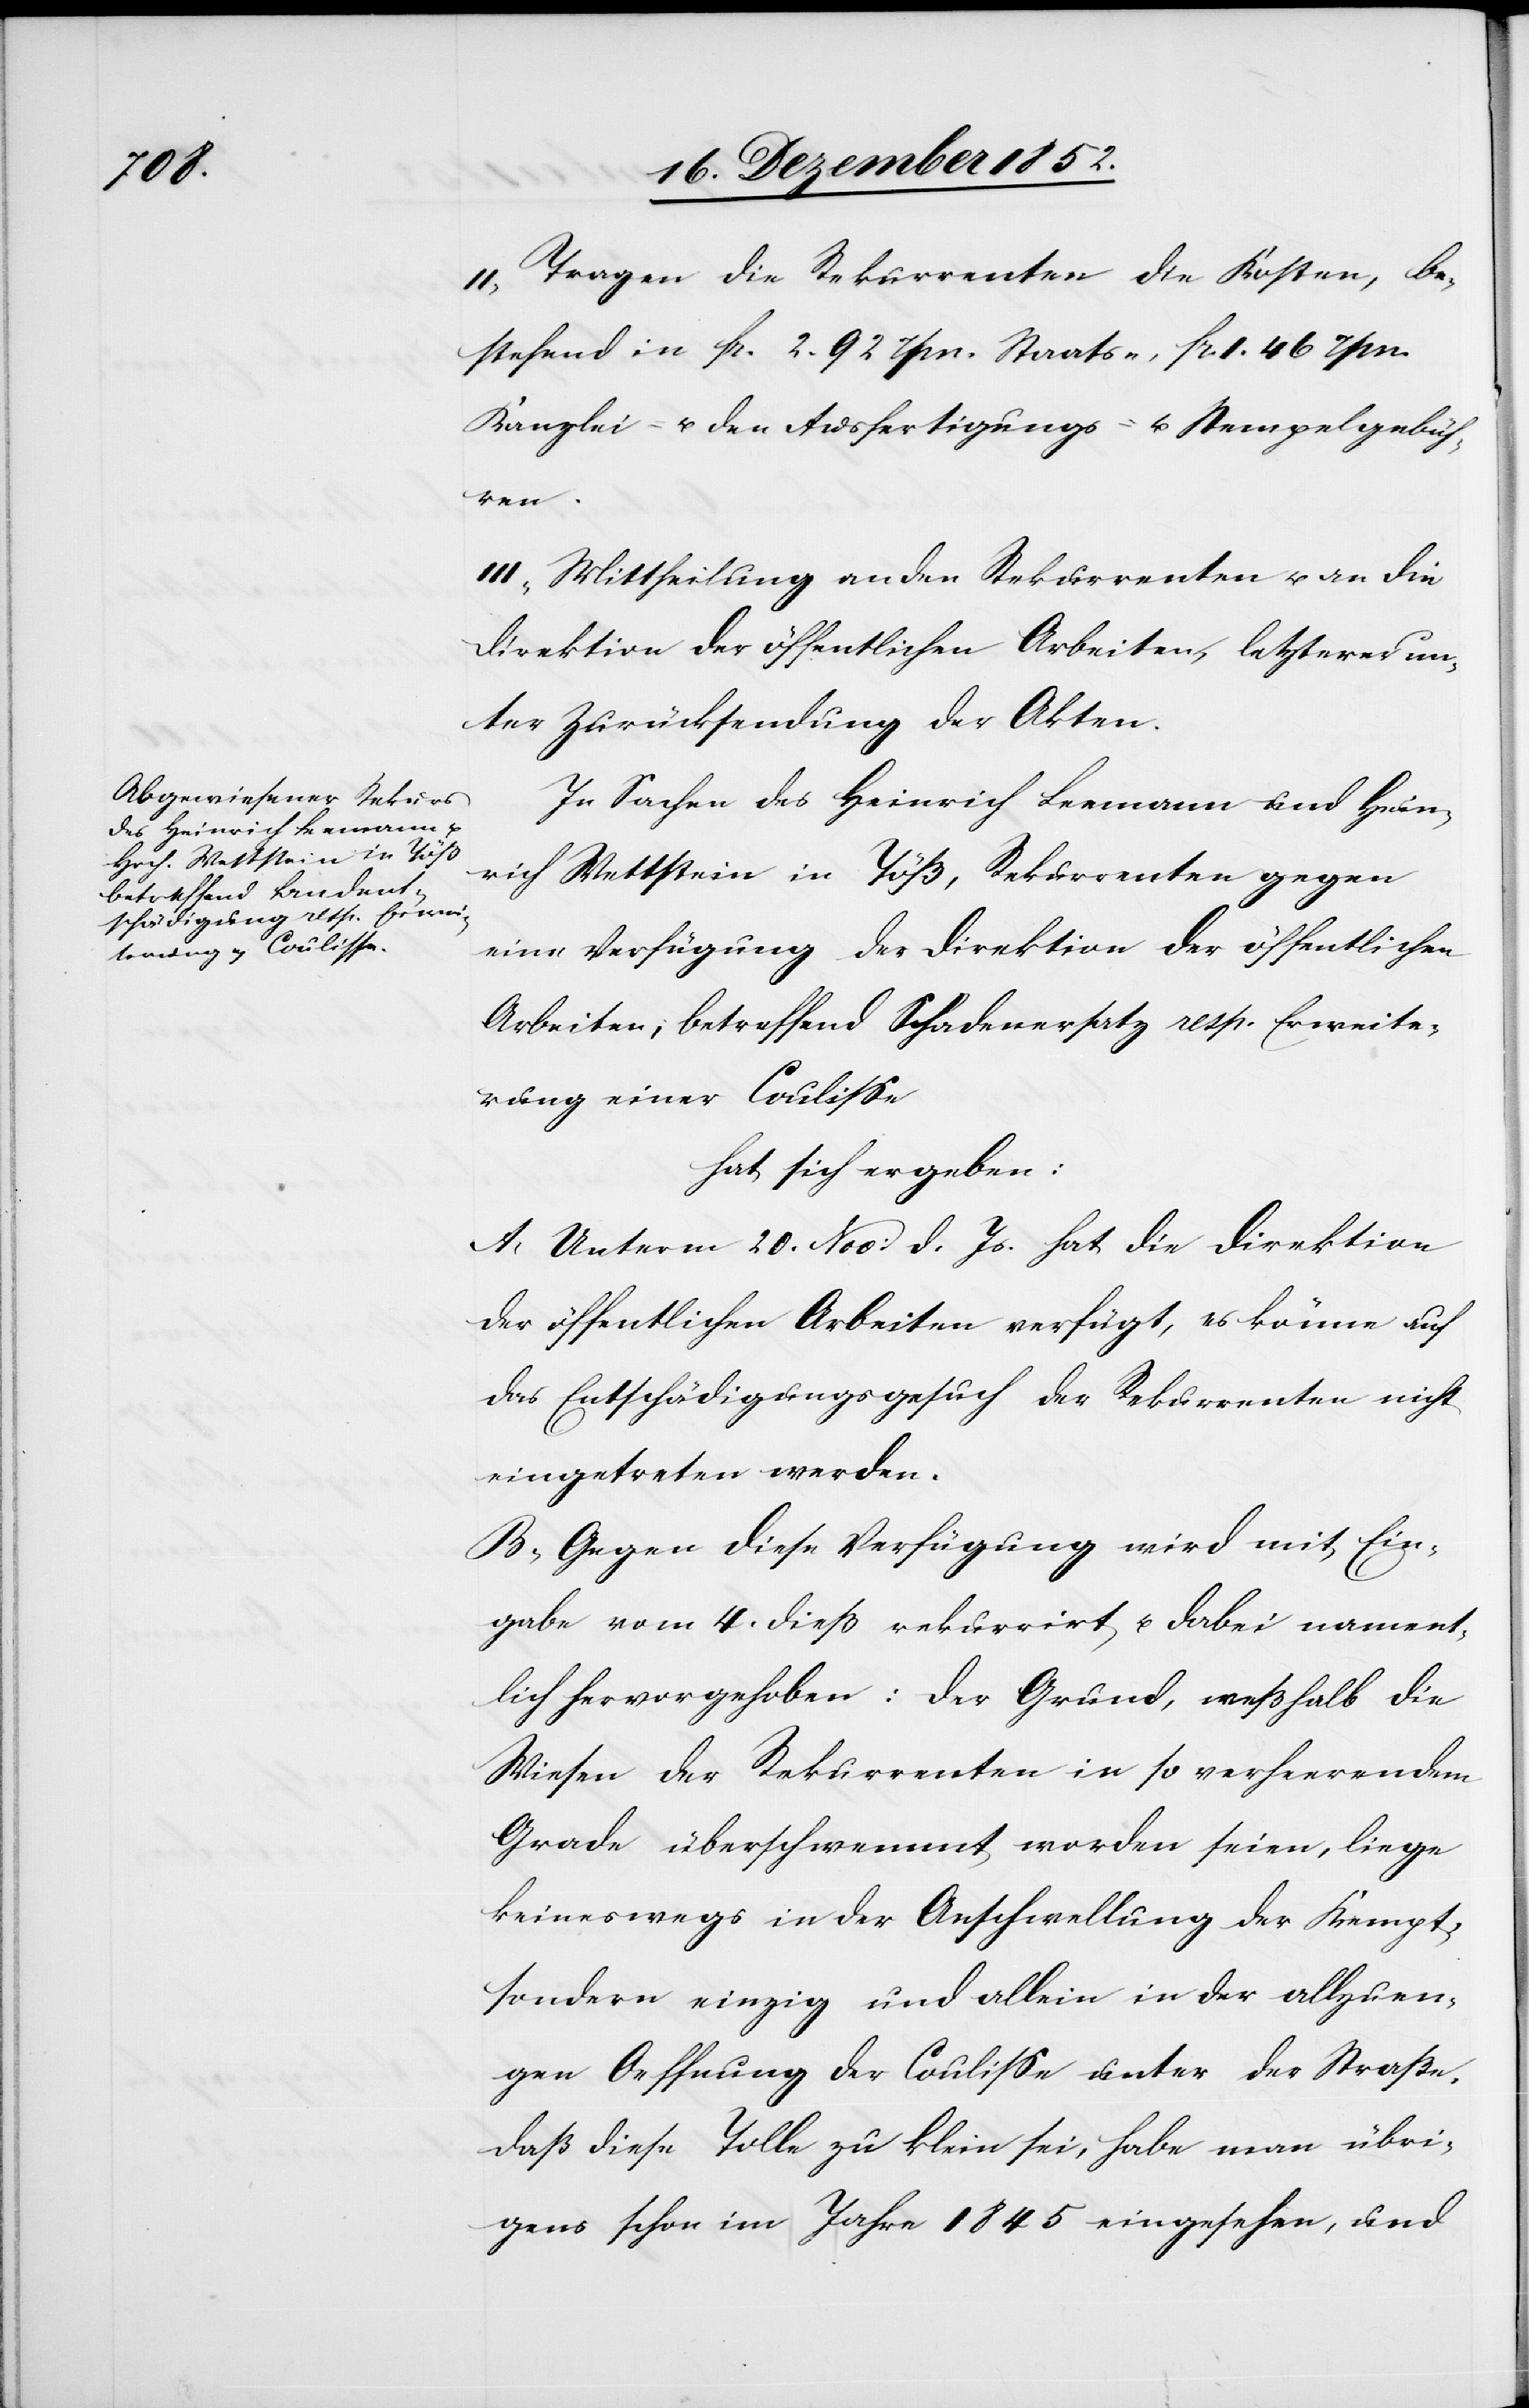
Tragen die Rekurrenten die Kosten, be¬
stehend in fr. 2 92 rpn. Staats-[,] fr 1. 46 rpn.
Kanzlei- u. den Ausfertigungs- u. Stempelgebüh¬
ren.
III, Mittheilung an den Rekurrenten u. an die
Direktion der öffentlichen Arbeiten, letzterer un¬
ter Zurücksendung der Akten.
In Sachen des Heinrich Leemann und Hein¬
rich Wettstein in Töß, Rekurrenten gegen
eine Verfügung der Direktion der öffentlichen
Arbeiten, betreffend Schadenersatz resp. Erweite¬
rung einer Coulisse
hat sich ergeben:
A, Unterm 20. Nov: d. Js. hat die Direktion
der öffentlichen Arbeiten verfügt, es könne auf
das Entschädigungsgesuch der Rekurrenten nicht
eingetreten werden.
B, Gegen diese Verfügung wird mit Ein¬
gabe vom 4. dieß rekurrirt u. dabei nament¬
lich hervorgehoben: Der Grund, weßhalb die
Wiesen der Rekurrenten in so verheerendem
Grade überschwemmt worden seien, liege
keineswegs in der Anschwellung der Kempt,
sondern einzig und allein in der allzuen¬
gen Oeffnung der Coulisse unter der Straße,
daß diese Tolle zu klein sei, habe man übri¬
gens schon im Jahre 1845 eingesehen, und